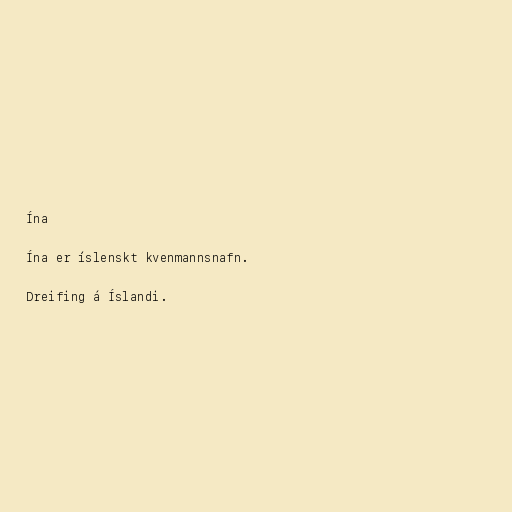
Ína

Ína er íslenskt kvenmannsnafn.

Dreifing á Íslandi.